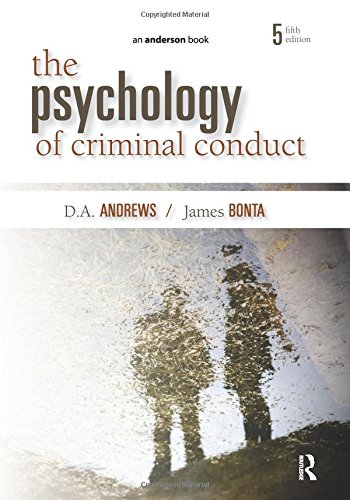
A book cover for The Psychology of Criminal Conduct; James Bonta; Medical Books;